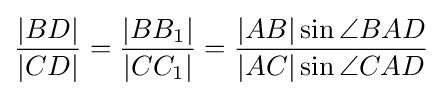
{\frac {|BD|}{|CD|}}={\frac {|BB_{1}|}{|CC_{1}|}}={\frac {|AB|\sin \angle BAD}{|AC|\sin \angle CAD}}